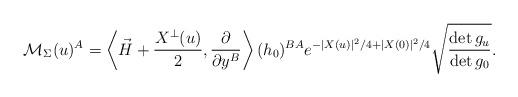
LaTeX: \begin{align*}\mathcal{M}_\Sigma (u)^A= \left\langle \vec{H}+\frac{X^\perp(u)}{2},\frac{\partial} {\partial y^B}\right\rangle(h_0)^{BA} e^{-|X(u)|^2/4+|X(0)|^2/4} \sqrt{\frac{\det g_u }{\det g_0}}. \end{align*}